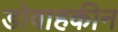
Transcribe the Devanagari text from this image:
डोवाहकीन